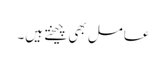
عامل بھی چیختے ہیں۔